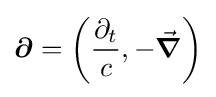
{\boldsymbol {\partial }}=\left({\frac {\partial _{t}}{c}},-{\vec {\boldsymbol {\nabla }}}\right)